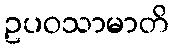
ဥပဝသာမာတိ